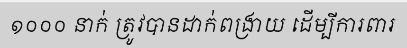
១០០០ នាក់ ត្រូវបានដាក់ពង្រាយ ដើម្បីការពារ